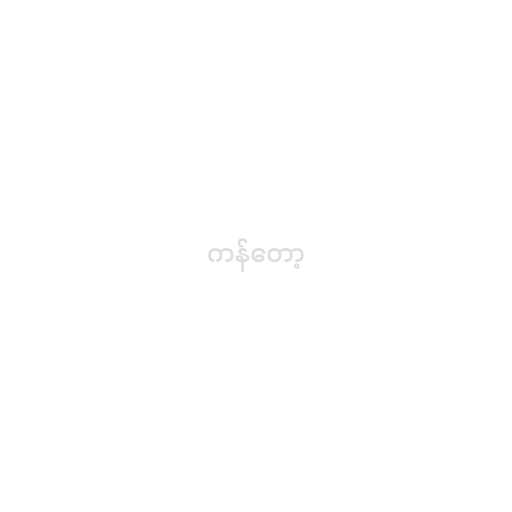
ကန်တော့